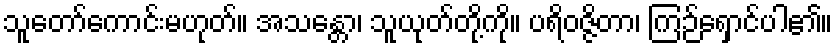
သူတော်ကောင်းမဟုတ်။ အသန္တော၊ သူယုတ်တို့ကို။ ပရိဝဇ္ဇိတာ၊ ကြဉ်ရှောင်ပါ၏။